Annual report on the health of the army in India
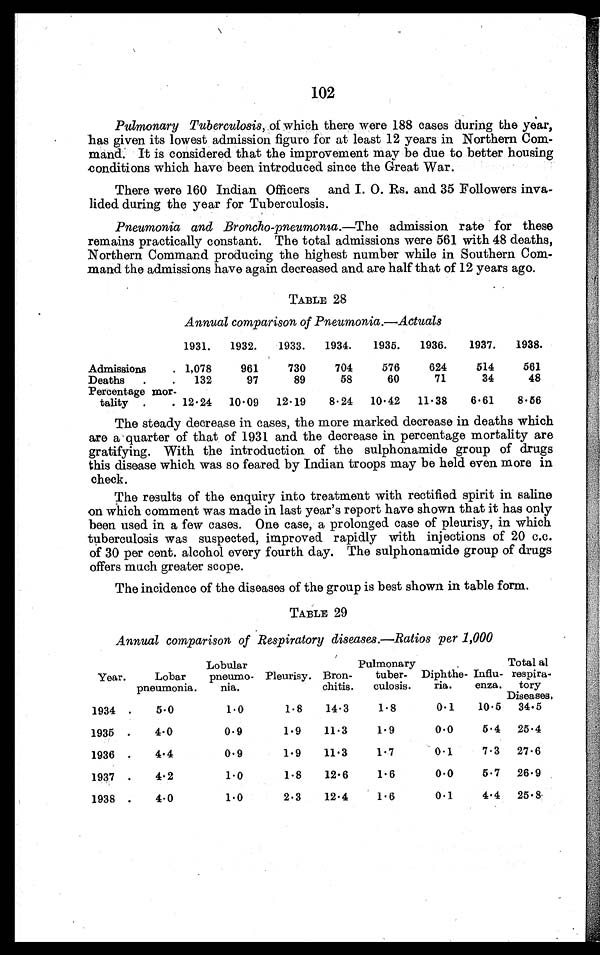
102
Pulmonary Tuberculosis, of which there were 188 cases during the year,
has given its lowest admission figure for at least 12 years in Northern Com-
mand: It is considered that the improvement may be due to better housing
conditions which have been introduced since the Great War.
There were 160 Indian Officers and L. O. Rs. and 35 Followers inva-
lided during the year for Tuberculosis.
Pneumonia and Broncho-pneumonia.-The admission rate for these
remains practically constant. The total admissions were 561 with 48 deaths,
Northern Command producing the highest number while in Southern Com-
mand the admissions have again decreased and are half that of 12 years ago.
TABLE 28
Annual comparison of Pneumonia.-Actuals
1931.
1932.
1933.
1934.
1935.
1936.
1937.
1938.
Admissions
. 1,078
961
730
704
576
624
514
561
Deaths
.
.
132
97
89
58
60
71
34
48
Percentage mor-
tality .
. 12 . 24
10 . 09
12 . 19
8.24
10 . 42
11 . 38
6.61
8.56
The steady decrease in cases, the more marked decrease in deaths which
are a quarter of that of 1931 and the decrease in percentage mortality are
gratifying. With the introduction of the sulphonamide group of drugs
this disease which was so feared by Indian troops may be held even more in
check.
The results of the enquiry into treatment with rectified spirit in saline
on which comment was made in last year's report have shown that it has only
been used in a few cases. One case, a prolonged case of pleurisy, in which
tuberculosis was suspected, improved rapidly with injections of 20 c.c.
of 30 per cent. alcohol every fourth day. The sulphonamide group of drugs
offers much greater scope.
The incidence of the diseases of the group is best shown in table form.
TABLE 29
Annual comparison of Respiratory diseases.-Ratios per 1,000
Year.
Lobar
pneumonia.
Lobular
pneumo-
nia.
Pleurisy. Bron-
chitis.
Pulmonary
tuber-
culosis.
Diphthe-
ria.
Influ-
enza.
Total al
respira-
tory
Diseases,
1934 .
5.0
1.0
1.8
14.3
1.8
0.1
10.5
34.5
1935 .
4.0
0.9
1.9
11.3
1.9
0.0
5.4
25.4
1936 .
4.4
0.9
1.9
11.3
1.7
0.1
7.3
27.6
1937 .
4.2
1.0
1.8
12.6
1.6
0.0
5.7
26.9
1938 .
4.0
1.0
2.3
12.4
1.6
0.1
4.4
25.8